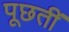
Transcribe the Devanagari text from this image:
पूछतीं